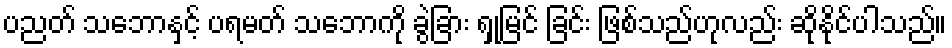
ပညတ် သဘောနှင့် ပရမတ် သဘောကို ခွဲခြား ရှုမြင် ခြင်း ဖြစ်သည်ဟုလည်း ဆိုနိုင်ပါသည်။